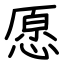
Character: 愿